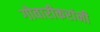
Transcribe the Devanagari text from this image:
गोवारीकरांनी